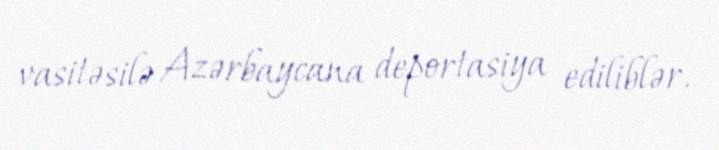
vasitəsilə Azərbaycana deportasiya ediliblər.